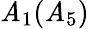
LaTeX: \mathit{A}_{1}(\mathit{A}_{5})